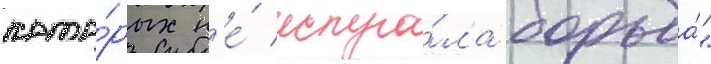
кото́рых н'е́ испуга́ла борьба́"